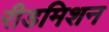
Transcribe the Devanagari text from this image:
रीडमिशन